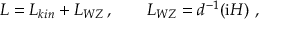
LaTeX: { \cal L } = { \cal L } _ { k i n } + { \cal L } _ { W Z } \, , \qquad { \cal L } _ { W Z } = d ^ { - 1 } ( \mathrm { i } { \cal H } ) \ ,